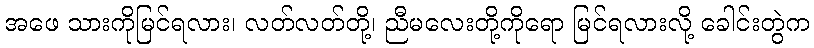
အဖေ သားကိုမြင်ရလား၊ လတ်လတ်တို့၊ ညီမလေးတို့ကိုရော မြင်ရလားလို့ ခေါင်းတွဲက